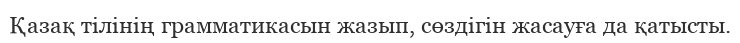
Қазақ тілінің грамматикасын жазып, сөздігін жасауға да қатысты.